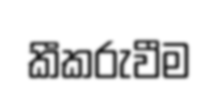
කීකරුවීම